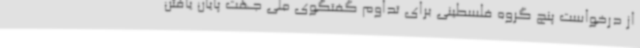
از درخواست پنج گروه فلسطینی برای تداوم گفتگوی ملی جهت پایان یافتن